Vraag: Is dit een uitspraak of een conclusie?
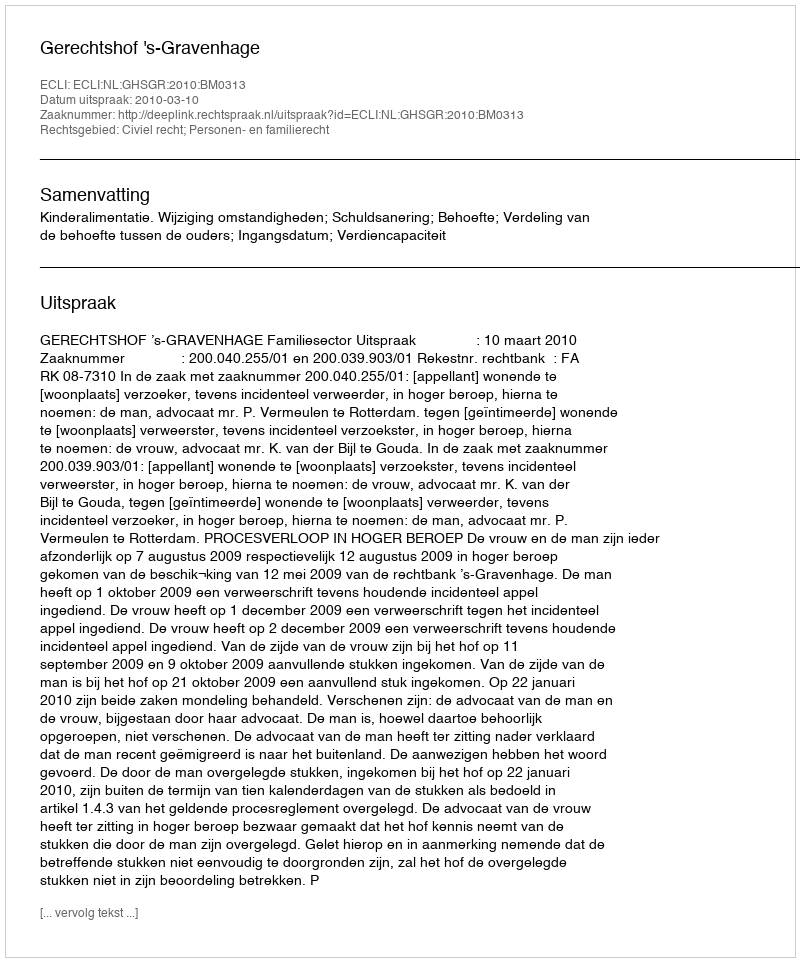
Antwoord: Uitspraak